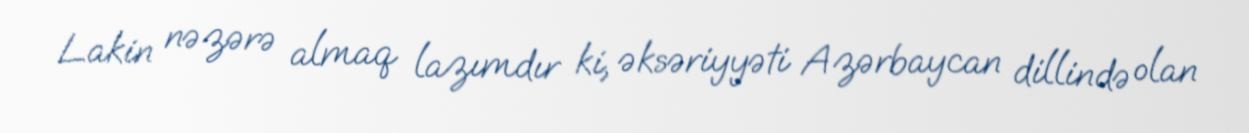
Lakin nəzərə almaq lazımdır ki, əksəriyyəti Azərbaycan dillində olan